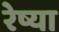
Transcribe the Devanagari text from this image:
रेष्या